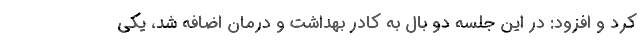
کرد و افزود: در این جلسه دو بال به کادر بهداشت و درمان اضافه شد، یکی